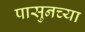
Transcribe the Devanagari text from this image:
पासुनच्या